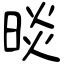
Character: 晱